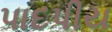
પાદપીય